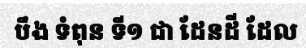
បឹង ទំពុន ទី១ ជា ដែនដី ដែល